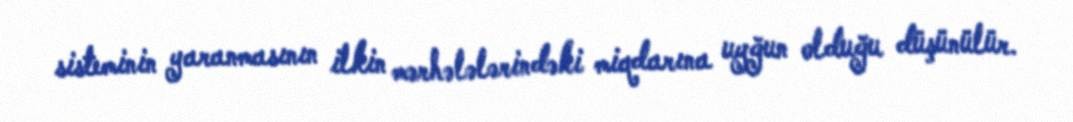
sisteminin yaranmasının ilkin mərhələlərindəki miqdarına uyğun olduğu düşünülür.